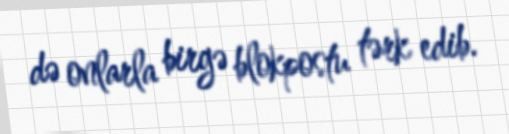
də onlarla birgə blokpostu tərk edib.